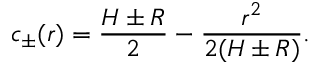
c _ { \pm } ( r ) = \frac { H \pm R } { 2 } - \frac { r ^ { 2 } } { 2 ( H \pm R ) } .